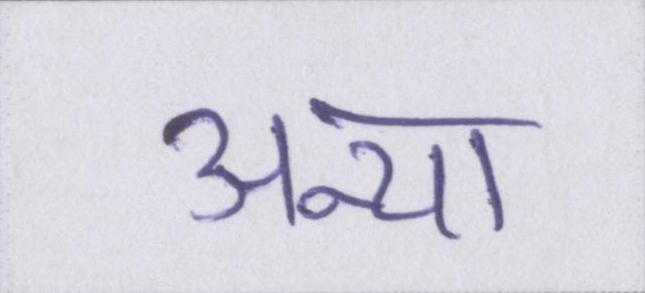
अन्या